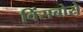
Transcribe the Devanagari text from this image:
विंसबोरो